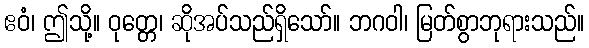
ဧဝံ၊ ဤသို့။ ဝုတ္တေ၊ ဆိုအပ်သည်ရှိသော်။ ဘဂဝါ၊ မြတ်စွာဘုရားသည်။